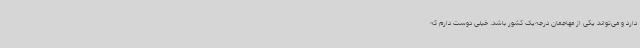
دارد و می‌تواند یکی از مهاجمان درجه‌یک کشور باشد. خیلی دوست دارم که